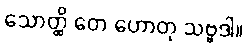
သောတ္ထိ တေ ဟောတု သဗ္ဗဒါ။